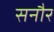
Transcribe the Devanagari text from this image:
सनौर